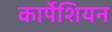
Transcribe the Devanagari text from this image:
कार्पेशियन